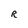
Character: R